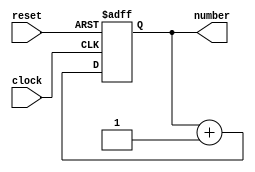
module counter(clock, reset, number);

	parameter bits = 5;
	parameter first = 0;


	input clock;
	input reset;
	
	output reg [bits-1:0] number;
	reg [bits-1:0] number_next;
	
	always @ (*)
	begin
		number_next = number+1;
	end
		
	always @ (posedge clock, posedge reset)
	begin
		if (reset) number <= first;
		else number <= number_next;
	end
	
endmodule